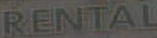
RENTAL